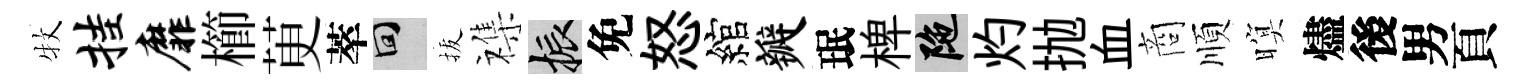
牧挂靡櫛茰萃回拔襍振免怒綰瓣珉椑陀灼抛血商順暝燼後男頁